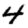
Digit: 4